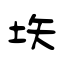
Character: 垁